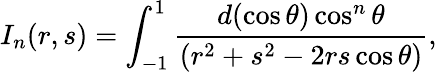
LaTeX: I_{n}(r,s)=\int_{-1}^{1}\frac{d(\cos{\theta})\cos^{n}\theta}{(r^{2}+s^{2}-2rs\cos\theta)},